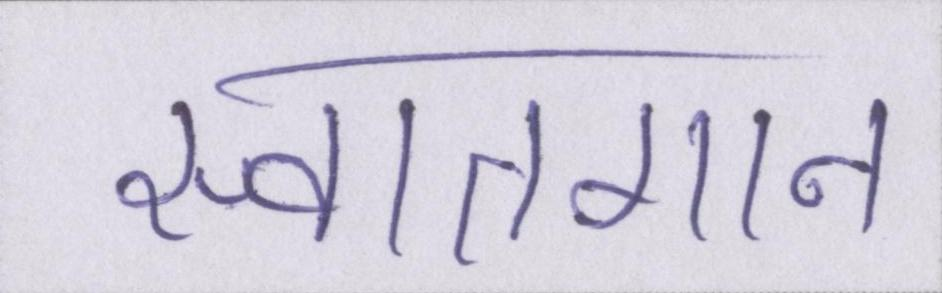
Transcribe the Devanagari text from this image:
स्वातगान